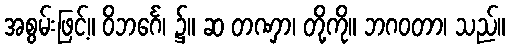
အစွမ်းဖြင့်။ ဝိဘင်္ဂေ၊ ၌။ ဆ တဏှာ၊ တို့ကို။ ဘဂဝတာ၊ သည်။